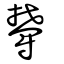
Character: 鬱